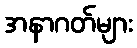
အနာဂတ်များ